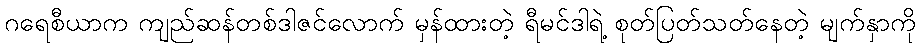
ဂရေစီယာက ကျည်ဆန်တစ်ဒါဇင်လောက် မှန်ထားတဲ့ ရီမင်ဒါရဲ့ စုတ်ပြတ်သတ်နေတဲ့ မျက်နှာကို